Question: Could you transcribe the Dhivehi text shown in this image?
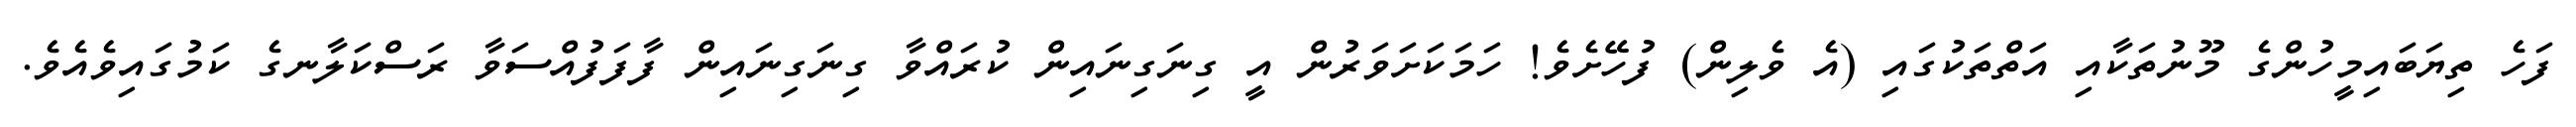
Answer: ފަހެ ތިޔަބައިމީހުންގެ މޫނުތަކާއި އަތްތަކުގައި (އެ ވެލިން) ފުހޭށެވެ! ހަމަކަށަވަރުން އީ ގިނަގިނައިން ކުރައްވާ ގިނަގިނައިން ފާފަފުއްސަވާ ރަސްކަލާނގެ ކަމުގައިވެއެވެ.